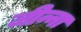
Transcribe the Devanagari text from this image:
जीन्ना